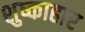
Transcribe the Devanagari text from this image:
शुष्काहार